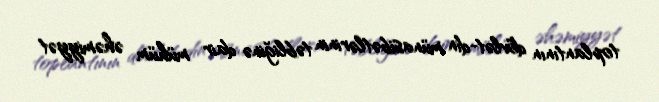
toplantının dövlət-din münasibətlərinin təbliğinə dair mühüm əhəmiyyət